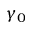
\gamma _ { 0 }